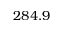
2 8 4 . 9